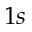
1 s